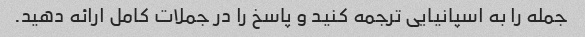
جمله را به اسپانیایی ترجمه کنید و پاسخ را در جملات کامل ارائه دهید.